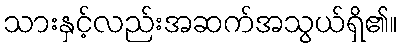
သားနှင့်လည်းအဆက်အသွယ်ရှိ၏။